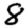
Digit: 8